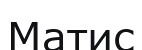
Матис